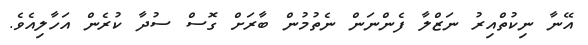
އޭނާ ނިކުތްއިރު ނަޒްލާ ފެންނަން ނެތުމުން ބާރަށް ގޮސް ސުދާ ކުރެން އަހާލިއެވެ.